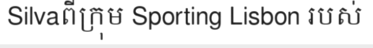
Silvaពីក្រុម Sporting Lisbon របស់